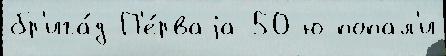
бр'ига́д П'е́рваjа 50-ю попал'и